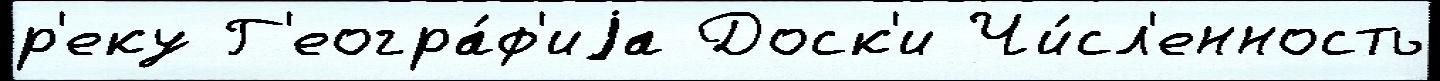
р'еку Г'еогра́ф'иjа Доск'и Чи́сл'енность